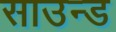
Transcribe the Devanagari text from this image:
साउन्‍ड